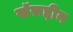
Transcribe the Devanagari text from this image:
खॅरूद्दीन